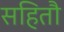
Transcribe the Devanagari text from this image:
सहितौ